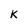
Character: K